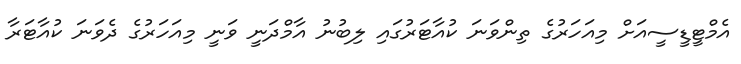
އެމްޓީޑީސީއަށް މިއަހަރުގެ ތިންވަނަ ކުއާޓަރުގައި ލިބުނު އާމްދަނީ ވަނީ މިއަހަރުގެ ދެވަނަ ކުއާޓަރާ